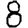
Digit: 8